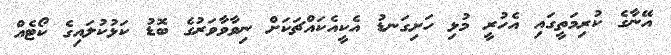
އޭނާގެ ކުރިމަތީގައި އެހުރީ މުޅި ހަށިގަނޑު އެކީއެކައްޗަކަށް ނިވާވާވަރުގެ ބޮޑު ކަޅުކުލައިގެ ކޯޓެއް